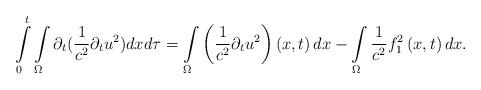
LaTeX: \begin{align*}\int\limits_{0}^{t}\int\limits_{\Omega}\partial _{t}( \frac{1}{c^2}\partial_t u^{2}) dxd\tau =\int\limits_{\Omega}\left( \frac{1}{c^2}\partial_t u^{2} \right) \left( x,t\right) dx -\int\limits_{\Omega} \frac{1}{c^2} f_{1}^{2} \left( x,t\right) dx.\end{align*}